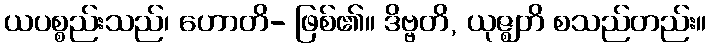
ယပစ္စည်းသည်၊ ဟောတိ- ဖြစ်၏။ ဒိဗ္ဗတိ, ယုဇ္ဈတိ စသည်တည်း။